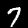
Label: 7